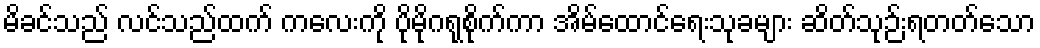
မိခင်သည် လင်သည်ထက် ကလေးကို ပိုမိုဂရုစိုက်ကာ အိမ်ထောင်ရေးသုခများ ဆိတ်သုဉ်းရတတ်သော